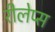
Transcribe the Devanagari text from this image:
रीलेप्स